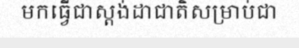
មកធ្វើជាស្តង់ដាជាតិសម្រាប់ជា